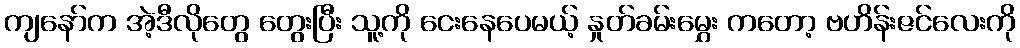
ကျနော်က အဲ့ဒီလိုတွေ တွေးပြီး သူ့ကို ငေးနေပေမယ့် နှုတ်ခမ်းမွှေး ကတော့ ဗဟိန်းဇင်လေးကို